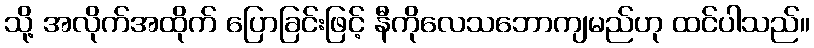
သို့ အလိုက်အထိုက် ပြောခြင်းဖြင့် နီကိုလေသဘောကျမည်ဟု ထင်ပါသည်။